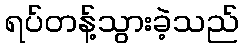
ရပ်တန့်သွားခဲ့သည်